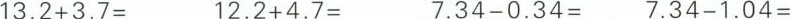
$$13.2+3.7=$$ $$12.2+4.7=$$ $$7.34-0.34=$$ $$7.34-1.04=$$